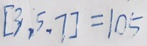
[ 3 , 5 , 7 ] = 1 0 5